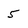
Character: 5